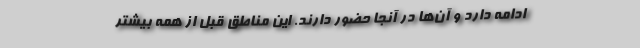
ادامه دارد و آن‌ها در آنجا حضور دارند. این مناطق قبل از همه بیشتر